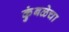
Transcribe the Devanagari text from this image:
कुंबळेचा